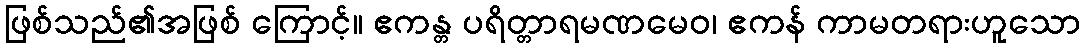
ဖြစ်သည်၏အဖြစ် ကြောင့်။ ဧကန္တ ပရိတ္တာရမဏမေဝ၊ ဧကန် ကာမတရားဟူသော